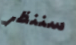
سننظر